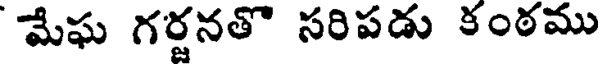
మేఘ గర్జనతొ సరిపడు కంఠము